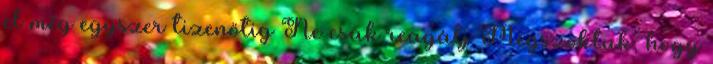
el még egyszer tizenötig Ne csak reagálj Megszoktuk, hogy